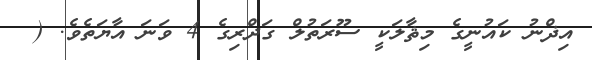
އިޛްނު ކައުނީގެ މިޘާލަކީ ސޫރަތުލް ގަދްރިގެ 4 ވަނަ އާޔަތެވެ. (